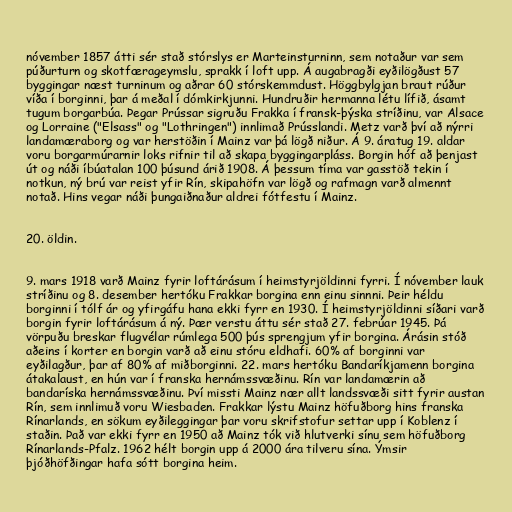
nóvember 1857 átti sér stað stórslys er Marteinsturninn, sem notaður var sem
púðurturn og skotfærageymslu, sprakk í loft upp. Á augabragði eyðilögðust 57
byggingar næst turninum og aðrar 60 stórskemmdust. Höggbylgjan braut rúður
víða í borginni, þar á meðal í dómkirkjunni. Hundruðir hermanna létu lífið, ásamt
tugum borgarbúa. Þegar Prússar sigruðu Frakka í fransk-þýska stríðinu, var Alsace
og Lorraine ("Elsass" og "Lothringen") innlimað Prússlandi. Metz varð því að nýrri
landamæraborg og var herstöðin í Mainz var þá lögð niður. Á 9. áratug 19. aldar
voru borgarmúrarnir loks rifnir til að skapa byggingarpláss. Borgin hóf að þenjast
út og náði íbúatalan 100 þúsund árið 1908. Á þessum tíma var gasstöð tekin í
notkun, ný brú var reist yfir Rín, skipahöfn var lögð og rafmagn varð almennt
notað. Hins vegar náði þungaiðnaður aldrei fótfestu í Mainz.

20. öldin.

9. mars 1918 varð Mainz fyrir loftárásum í heimstyrjöldinni fyrri. Í nóvember lauk
stríðinu og 8. desember hertóku Frakkar borgina enn einu sinnni. Þeir héldu
borginni í tólf ár og yfirgáfu hana ekki fyrr en 1930. Í heimstyrjöldinni síðari varð
borgin fyrir loftárásum á ný. Þær verstu áttu sér stað 27. febrúar 1945. Þá
vörpuðu breskar flugvélar rúmlega 500 þús sprengjum yfir borgina. Árásin stóð
aðeins í korter en borgin varð að einu stóru eldhafi. 60% af borginni var
eyðilagður, þar af 80% af miðborginni. 22. mars hertóku Bandaríkjamenn borgina
átakalaust, en hún var í franska hernámssvæðinu. Rín var landamærin að
bandaríska hernámssvæðinu. Því missti Mainz nær allt landssvæði sitt fyrir austan
Rín, sem innlimuð voru Wiesbaden. Frakkar lýstu Mainz höfuðborg hins franska
Rínarlands, en sökum eyðileggingar þar voru skrifstofur settar upp í Koblenz í
staðin. Það var ekki fyrr en 1950 að Mainz tók við hlutverki sínu sem höfuðborg
Rínarlands-Pfalz. 1962 hélt borgin upp á 2000 ára tilveru sína. Ýmsir
þjóðhöfðingar hafa sótt borgina heim.